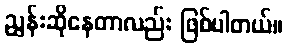
ညွှန်းဆိုနေတာလည်း ဖြစ်ပါတယ်။